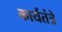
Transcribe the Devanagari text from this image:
कार्यतंत्रे